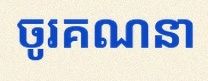
ចូរគណនា